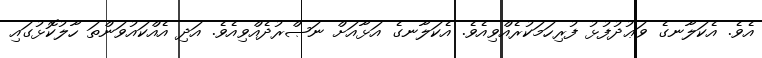
އެވެ. އެކަލާނގެ ވަޢުދުފުޅު ފުރިހަމަކުރެއްވިއެވެ. އެކަލާނގެ އަޅާއަށް ނަޞްރުދެއްވިއެވެ. އަދި އެއްކައުވަންތަ ހާލުކޮޅުގައި